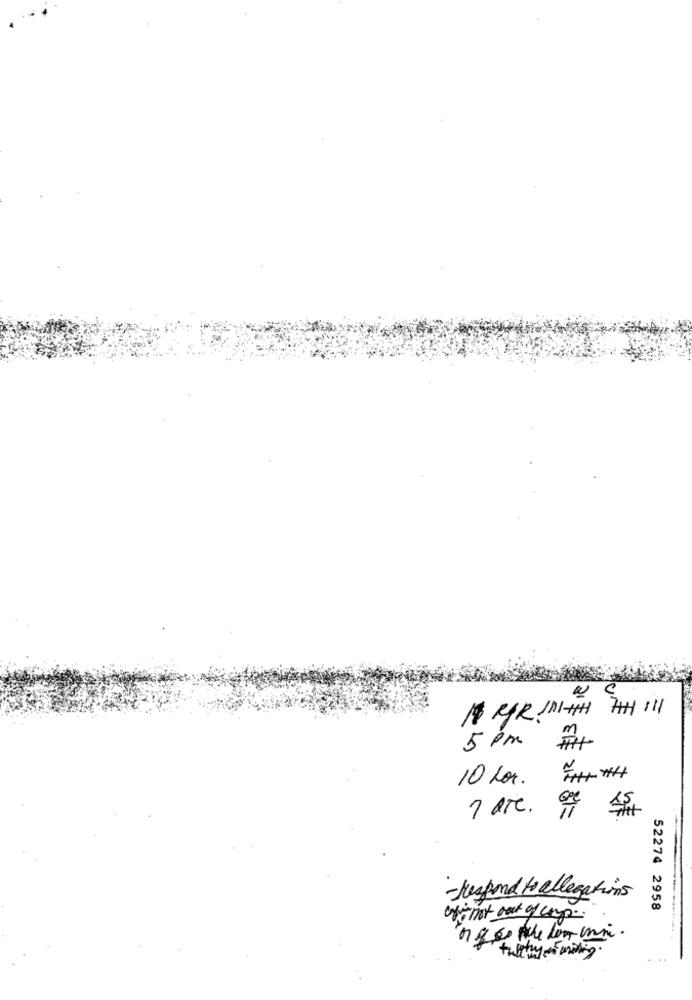
5 pm
10 hor.
7 dic.
-respond to allegations
52274 2958